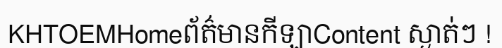
KHTOEMHomeព័ត៌មានកីឡាContent ស្ងាត់ៗ !